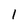
Character: 1